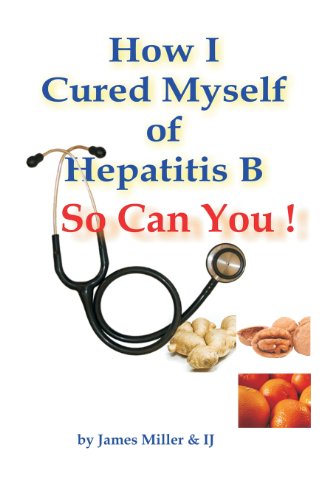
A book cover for How I Cured Myself of Hepatitis B; James Miller; Health, Fitness & Dieting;